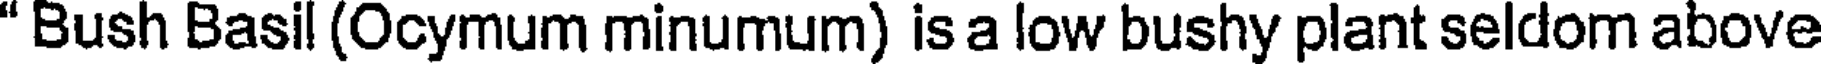
" Bush Basil (Ocymum minumum) is a low bushy plant seldom above